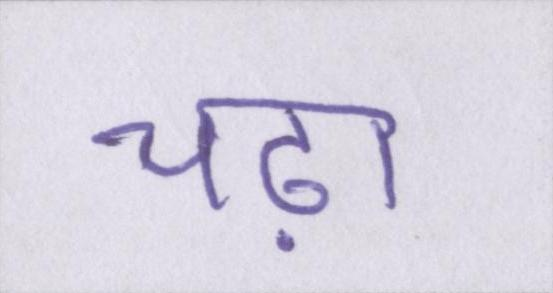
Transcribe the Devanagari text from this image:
चढ़ा